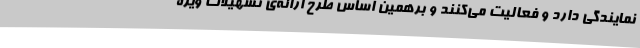
نمایندگی دارد و فعالیت می‌کنند و برهمین اساس طرح ارائه‌ی تسهیلات ویژه